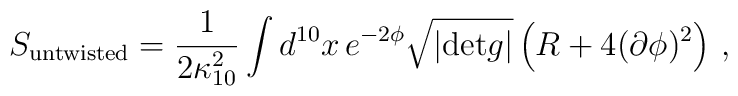
S_{{\rm untwisted}}=\frac{1}{2\kappa^2_{10}}\int d^{10}x\,e^{-2\phi}\sqrt{|{\rm det}g|}\left( R+4 (\partial\phi)^2\right)\, ,